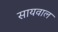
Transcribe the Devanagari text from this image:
सायवाल